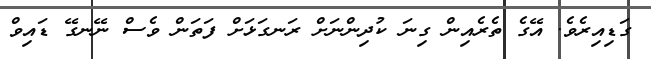
ގަޑިއިރެވެ. އޭގެ ތެރެއިން ގިނަ ކުދިންނަށް ރަނގަޅަށް ފަތަން ވެސް ނޭނގޭ ޑައިވް